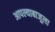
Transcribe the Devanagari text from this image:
आपल्याबाजूला